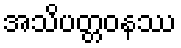
အသိပတ္တဝနဿ